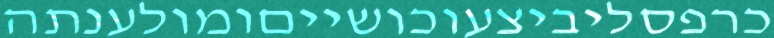
כרפסליביצעוכושייםומולענתה